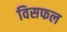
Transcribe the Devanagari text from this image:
विसफल